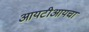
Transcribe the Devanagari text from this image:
आयटीआयचा